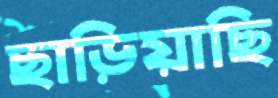
ছাড়িয়াছি